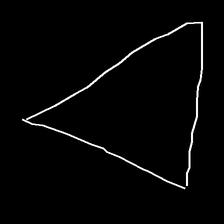
Glyph: convergence